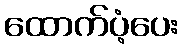
ထောက်ပံ့ပေး